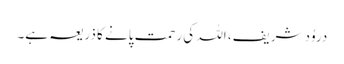
دروُد شریف، اللہ کی رحمت پانے کا ذریعہ ہے۔